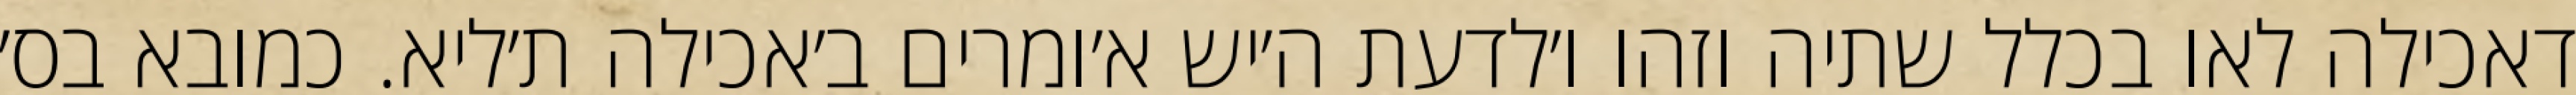
דאכילה לאו בכלל שתיה וזהו ו׳לדעת ה׳יש א׳ומרים ב׳אכילה ת׳ליא. כמובא בס׳